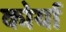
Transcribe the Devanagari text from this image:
कोर्या